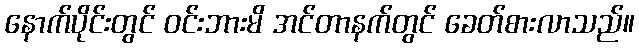
နောက်ပိုင်းတွင် ဝင်းဘားမိ အင်တာနက်တွင် ခေတ်စားလာသည်။